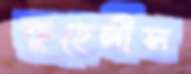
কুহেলীস